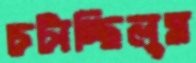
চটাচ্ছিলুম